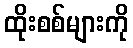
ထိုးစစ်များကို